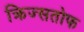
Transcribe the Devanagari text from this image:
क्रिज्सतोफ